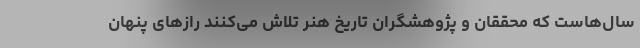
سال‌هاست که محققان و پژوهشگران تاریخ هنر تلاش می‌کنند رازهای پنهان